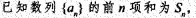
已知数列{a_{n} }的前n项和为S_{n} ，